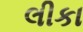
લીકા